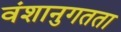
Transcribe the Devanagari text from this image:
वंशानुगतता